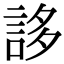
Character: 誃